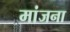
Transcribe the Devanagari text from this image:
मांजना